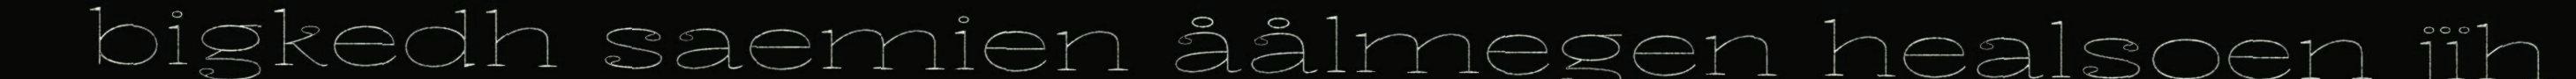
bigkedh saemien åålmegen healsoen jïh